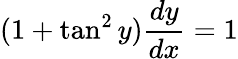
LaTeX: (1+\tan^{2}y){\frac{dy}{dx}}=1